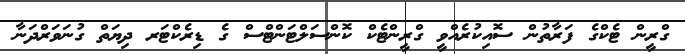
ގްރީން ޓެކްގެ ފަރާތުން ސޮއިކުރެއްވީ ގްރީންޓެކް ކޮންސަލްޓަންޓްސް ގެ ޑިރެކްޓަރ ދިޔަތް ގުނަވަރްދަނާ